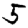
Digit: 5